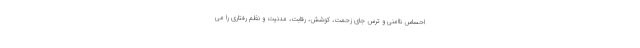
احساس ناامنی و ترس جای زحمت، کوشش، رقابت، مدنیت و نظم رفتاری را می